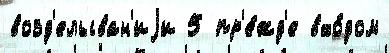
возд'елыван'иjи 5 пр'е́жд'е вхо́дом